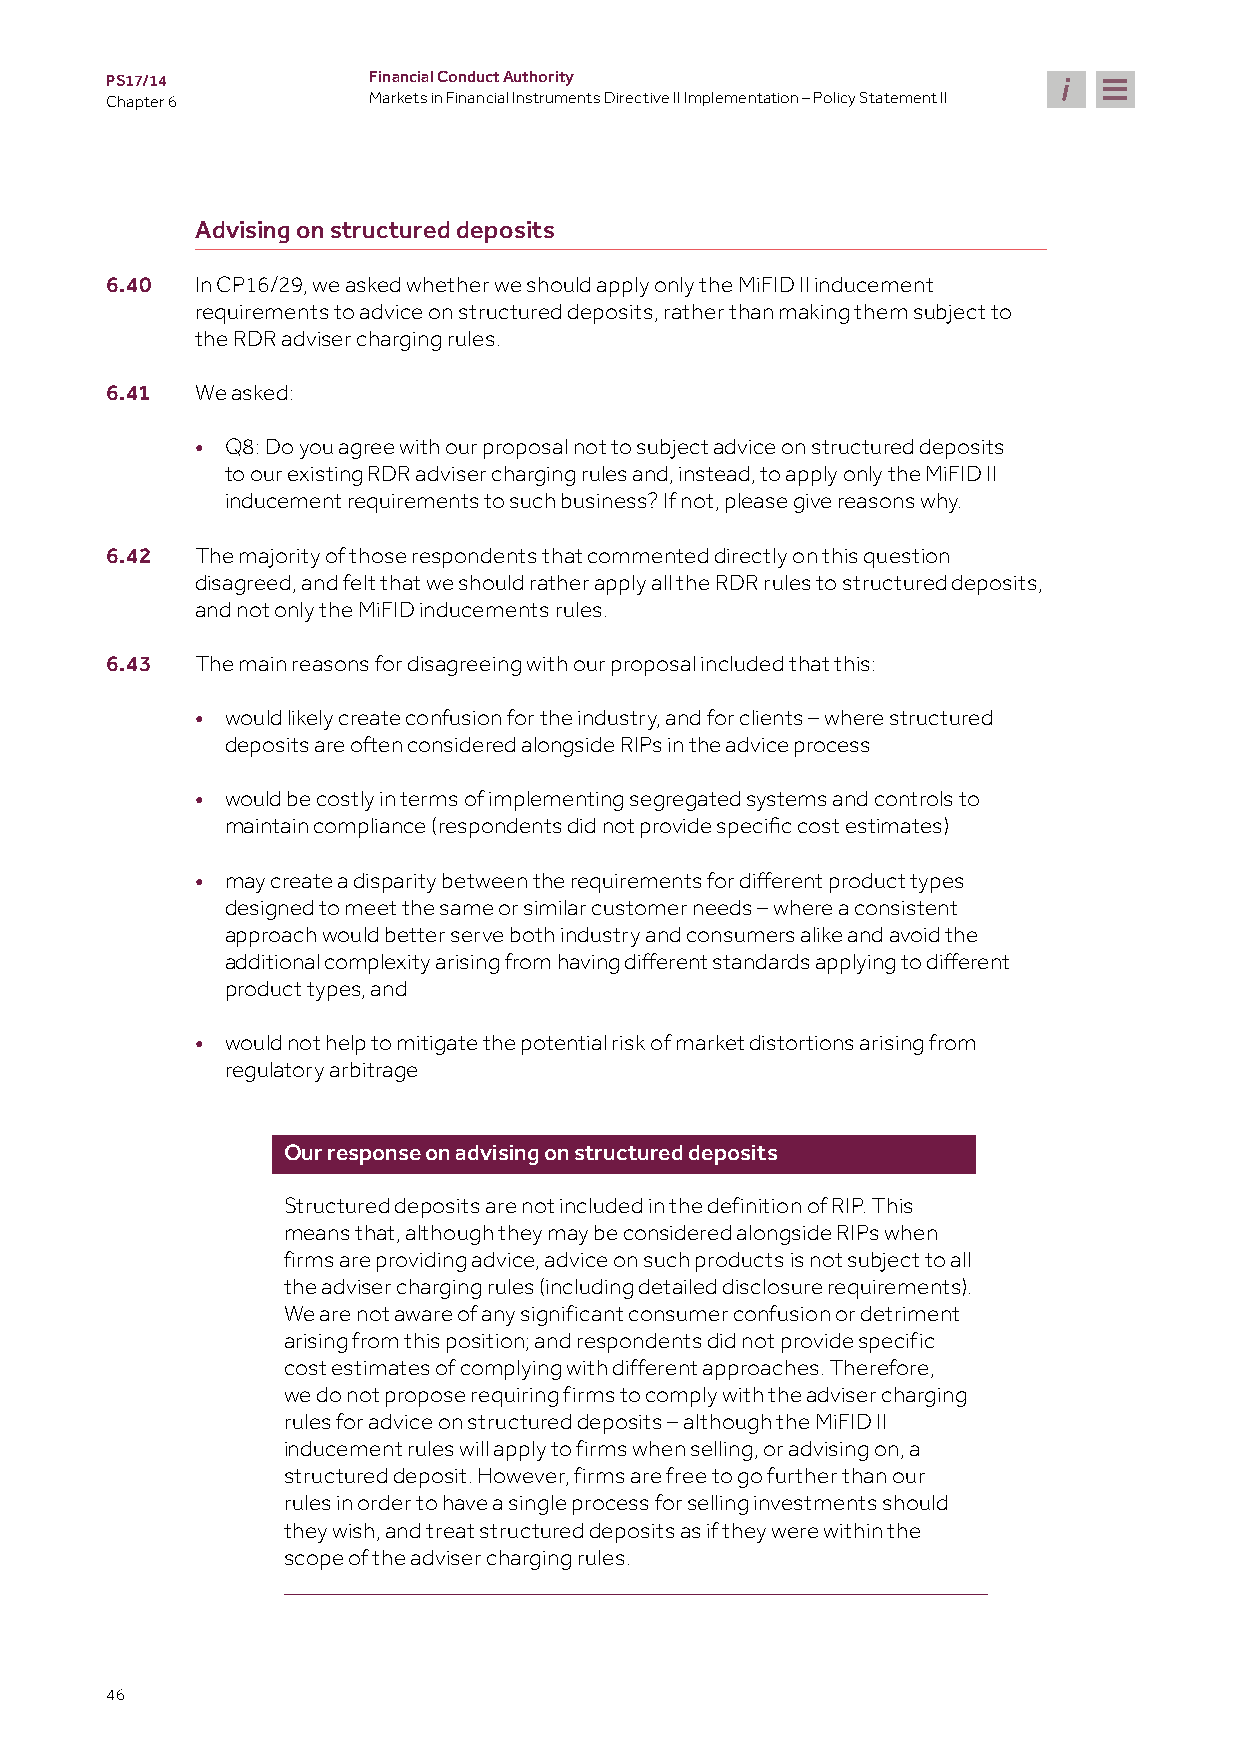
PS17/14          Financial Conduct Authority
 Chapter 6        Markets in Financial Instruments Directive II Implementation – Policy Statement II
 Advising on structured deposits
 6.40  In CP16/29, we asked whether we should apply only the MiFID II inducement
 requirements to advice on structured deposits, rather than making them subject to
 the RDR adviser charging rules.
 6.41  We asked:
 • Q8: Do you agree with our proposal not to subject advice on structured deposits
 to our existing RDR adviser charging rules and, instead, to apply only the MiFID II
 inducement requirements to such business? If not, please give reasons why.
 6.42  The majority of those respondents that commented directly on this question
 disagreed, and felt that we should rather apply all the RDR rules to structured deposits,
 and not only the MiFID inducements rules.
 6.43  The main reasons for disagreeing with our proposal included that this:
 • would likely create confusion for the industry, and for clients – where structured
 deposits are often considered alongside RIPs in the advice process
 • would be costly in terms of implementing segregated systems and controls to
 maintain compliance (respondents did not provide specific cost estimates)
 •
 may create a disparity between the requirements for different product types
 designed to meet the same or similar customer needs – where a consistent
 approach would better serve both industry and consumers alike and avoid the
 additional complexity arising from having different standards applying to different
 product types, and
 • would not help to mitigate the potential risk of market distortions arising from
 regulatory arbitrage
 Our response on advising on structured deposits
 Structured deposits are not included in the definition of RIP. This
 means that, although they may be considered alongside RIPs when
 firms are providing advice, advice on such products is not subject to all
 the adviser charging rules (including detailed disclosure requirements).
 We are not aware of any significant consumer confusion or detriment
 arising from this position; and respondents did not provide specific
 cost estimates of complying with different approaches. Therefore,
 we do not propose requiring firms to comply with the adviser charging
 rules for advice on structured deposits – although the MiFID II
 inducement rules will apply to firms when selling, or advising on, a
 structured deposit. However, firms are free to go further than our
 rules in order to have a single process for selling investments should
 they wish, and treat structured deposits as if they were within the
 scope of the adviser charging rules.
 46